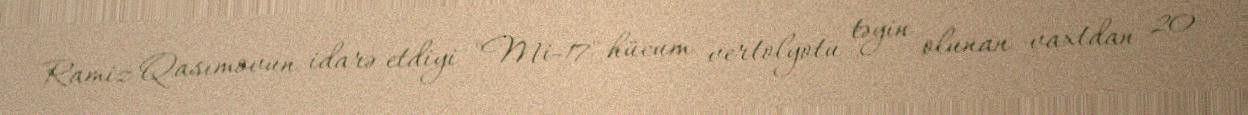
Ramiz Qasımovun idarə etdiyi "Mi-17" hücum vertolyotu təyin olunan vaxtdan 20